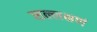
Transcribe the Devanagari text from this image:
सल्लक्षणं